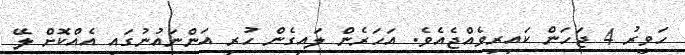
ހަވީރު 4 ޖަހަން ކައިރިވެއްޖެއެވެ. އަހަރެން ލައިގެން ހުރި އަންނައުނުގައި އެއްކޮށް ލޭ